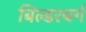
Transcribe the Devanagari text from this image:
बिल्डरबर्ग